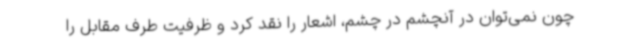
چون نمی‌توان در آنچشم در چشم، اشعار را نقد کرد و ظرفیت طرف مقابل را